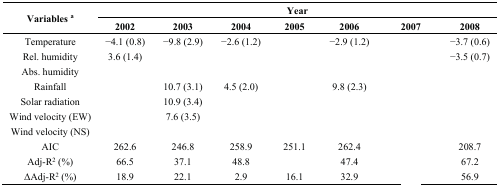
<table><thead><tr><td rowspan="2"><b>Variables <sup>a</sup></b></td><td colspan="7"><b>Year</b></td></tr><tr><td><b>2002</b></td><td><b>2003</b></td><td><b>2004</b></td><td><b>2005</b></td><td><b>2006</b></td><td><b>2007</b></td><td><b>2008</b></td></tr></thead><tbody><tr><td>Temperature</td><td>−4.1 (0.8)</td><td>−9.8 (2.9)</td><td>−2.6 (1.2)</td><td>[EMPTY_CELL]</td><td>−2.9 (1.2)</td><td>[EMPTY_CELL]</td><td>−3.7 (0.6)</td></tr><tr><td>Rel. humidity</td><td>3.6 (1.4)</td><td>[EMPTY_CELL]</td><td>[EMPTY_CELL]</td><td>[EMPTY_CELL]</td><td>[EMPTY_CELL]</td><td>[EMPTY_CELL]</td><td>−3.5 (0.7)</td></tr><tr><td>Abs. humidity</td><td>[EMPTY_CELL]</td><td>[EMPTY_CELL]</td><td>[EMPTY_CELL]</td><td>[EMPTY_CELL]</td><td>[EMPTY_CELL]</td><td>[EMPTY_CELL]</td><td>[EMPTY_CELL]</td></tr><tr><td>Rainfall</td><td>[EMPTY_CELL]</td><td>10.7 (3.1)</td><td>4.5 (2.0)</td><td>[EMPTY_CELL]</td><td>9.8 (2.3)</td><td>[EMPTY_CELL]</td><td>[EMPTY_CELL]</td></tr><tr><td>Solar radiation</td><td>[EMPTY_CELL]</td><td>10.9 (3.4)</td><td>[EMPTY_CELL]</td><td>[EMPTY_CELL]</td><td>[EMPTY_CELL]</td><td>[EMPTY_CELL]</td><td>[EMPTY_CELL]</td></tr><tr><td>Wind velocity (EW)</td><td>[EMPTY_CELL]</td><td>7.6 (3.5)</td><td>[EMPTY_CELL]</td><td>[EMPTY_CELL]</td><td>[EMPTY_CELL]</td><td>[EMPTY_CELL]</td><td>[EMPTY_CELL]</td></tr><tr><td>Wind velocity (NS)</td><td>[EMPTY_CELL]</td><td>[EMPTY_CELL]</td><td>[EMPTY_CELL]</td><td>[EMPTY_CELL]</td><td>[EMPTY_CELL]</td><td>[EMPTY_CELL]</td><td>[EMPTY_CELL]</td></tr><tr><td>AIC</td><td>262.6</td><td>246.8</td><td>258.9</td><td>251.1</td><td>262.4</td><td>[EMPTY_CELL]</td><td>208.7</td></tr><tr><td>Adj-R<sup>2</sup> (%)</td><td>66.5</td><td>37.1</td><td>48.8</td><td>[EMPTY_CELL]</td><td>47.4</td><td>[EMPTY_CELL]</td><td>67.2</td></tr><tr><td>ΔAdj-R<sup>2</sup> (%)</td><td>18.9</td><td>22.1</td><td>2.9</td><td>16.1</td><td>32.9</td><td>[EMPTY_CELL]</td><td>56.9</td></tr></tbody></table>